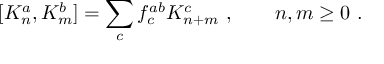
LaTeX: [ K _ { n } ^ { a } , K _ { m } ^ { b } ] = \sum _ { c } f _ { c } ^ { a b } K _ { n + m } ^ { c } \ , \qquad n , m \ge 0 \ .